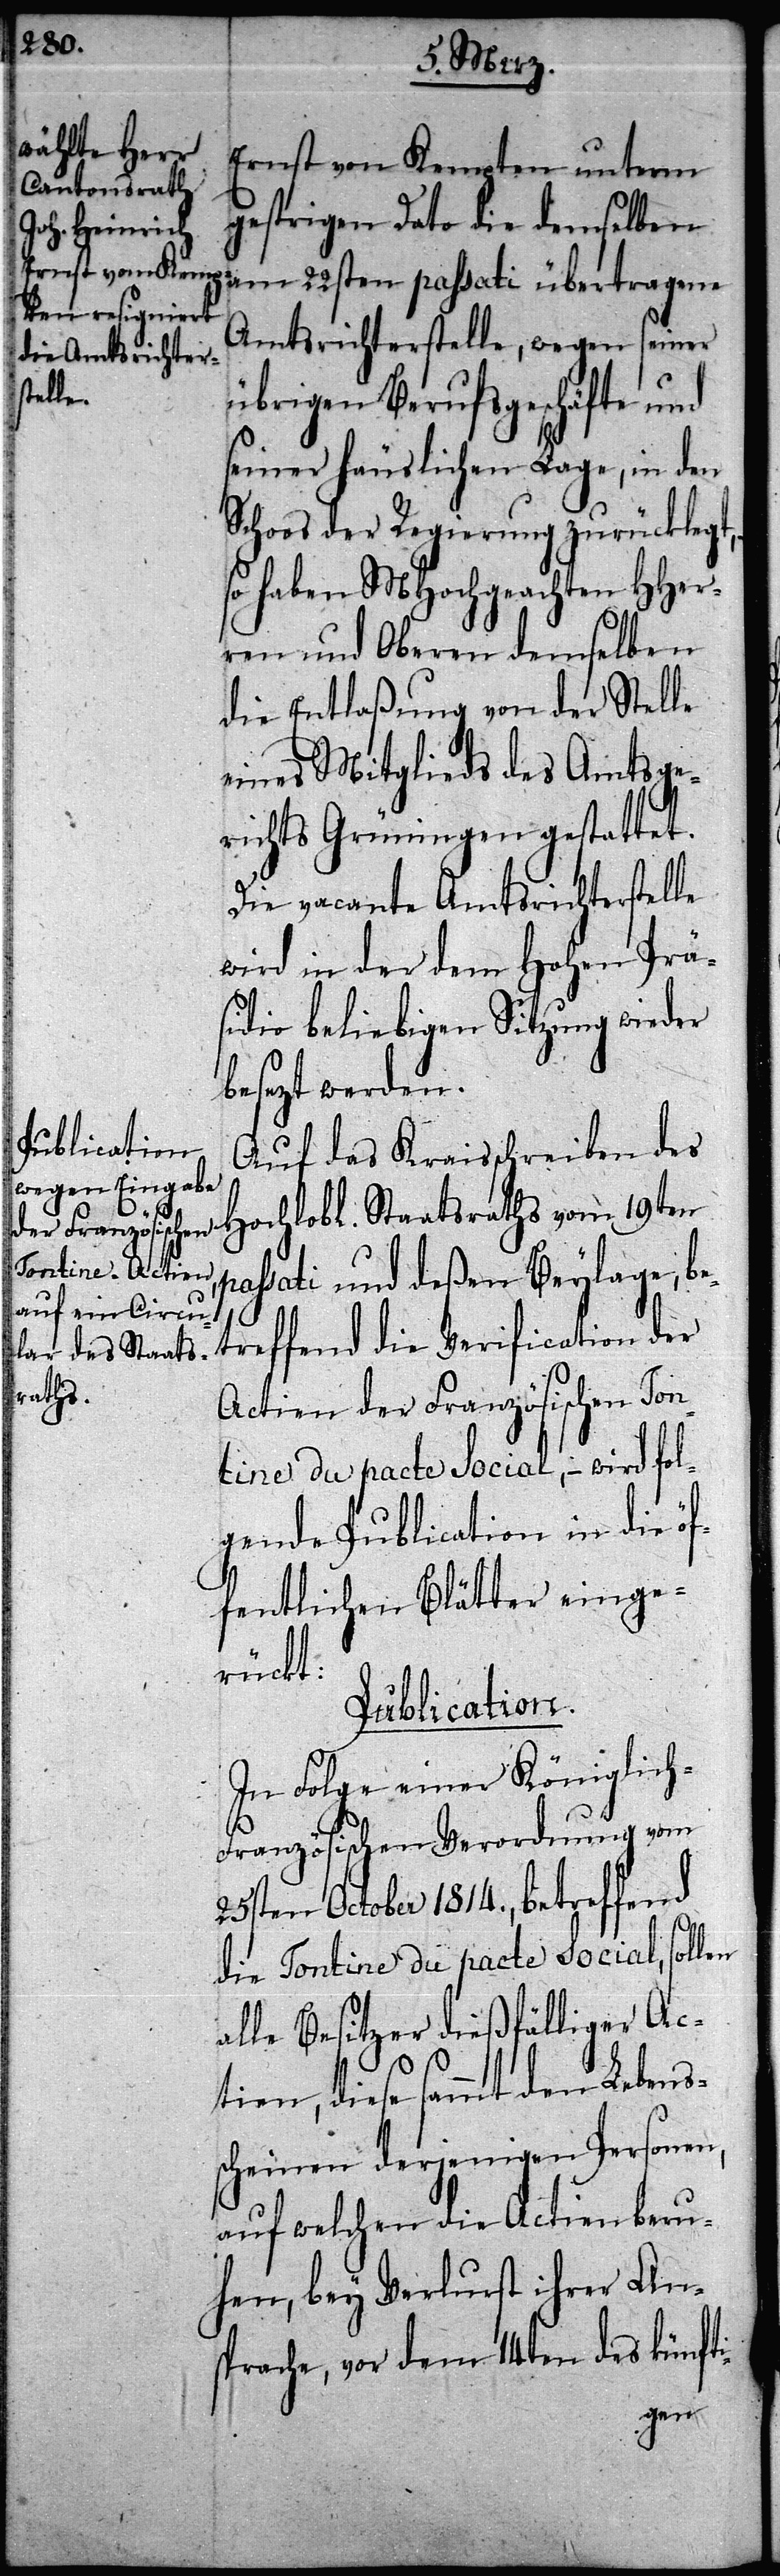
Ernst von Kempten unterm
gestrigen Dato die demselben
Amtsrichterstelle, wegen seiner
übrigen Berufsgeschäfte und
seiner häuslichen Lage, in den
Schoos der Regierung zurücklegt,
so haben MHochgeachten HHer¬
ren und Oberen demselben
die Entlaßung von der Stelle
eines Mitglieds des Amtsge¬
richts Grüningen gestattet.
Die vacante Amtsrichterstelle
wird in der dem Hohen Prä¬
sidio beliebigen Sitzung wieder
besezt werden.
Auf das Kraisschreiben des
Hochlobl. Staatsraths vom 19ten
passati und deßen Beylage, be¬
treffend die Verification der
Actien der Französischen Ton¬
tine du pacte Social, – wird fol¬
gende Publication in die öf¬
fentlichen Blätter einge¬
rückt:
Publication.
In Folge einer Königlic¬
h-Französischen Verordnung vom
25sten October 1814., betreffend
die Tontine du pacte Social, sollen
alle Besitzer dießfälliger Ac¬
tien, diese sammt den Lebens¬
scheinen derjenigen Personen,
auf welchen die Actien beru¬
hen, bey Verlust ihrer An¬
sprache, vor dem 14ten des künfti-